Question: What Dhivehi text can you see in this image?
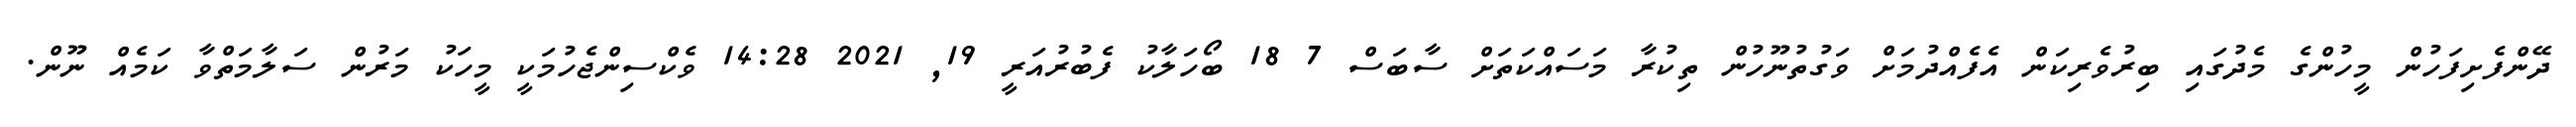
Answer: ދޭންފެށިފަހުން މީހުންގެ މެދުގައި ބިރުވެރިކަން އެފެއްދުމަށް ވަގުތުނޫހުން ތިކުރާ މަސައްކަތަށް ސާބަސް 7 18 ބޯހަލާކު ފެބުރުއަރީ 19, 2021 14:28 ވެކްސިންޖެހުމަކީ މީހަކު މަރުން ސަލާމަތްވާ ކަމެއް ނޫން.